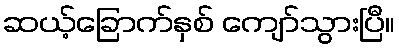
ဆယ့်ခြောက်နှစ် ကျော်သွားပြီ။